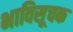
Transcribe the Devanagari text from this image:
भाविसूचक